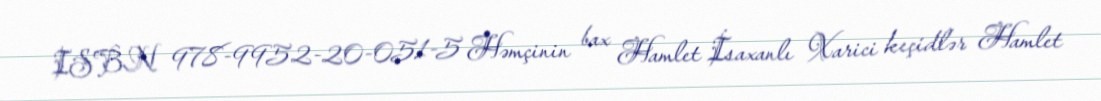
ISBN 978-9952-20-051-5 Həmçinin bax Hamlet İsaxanlı Xarici keçidlər Hamlet